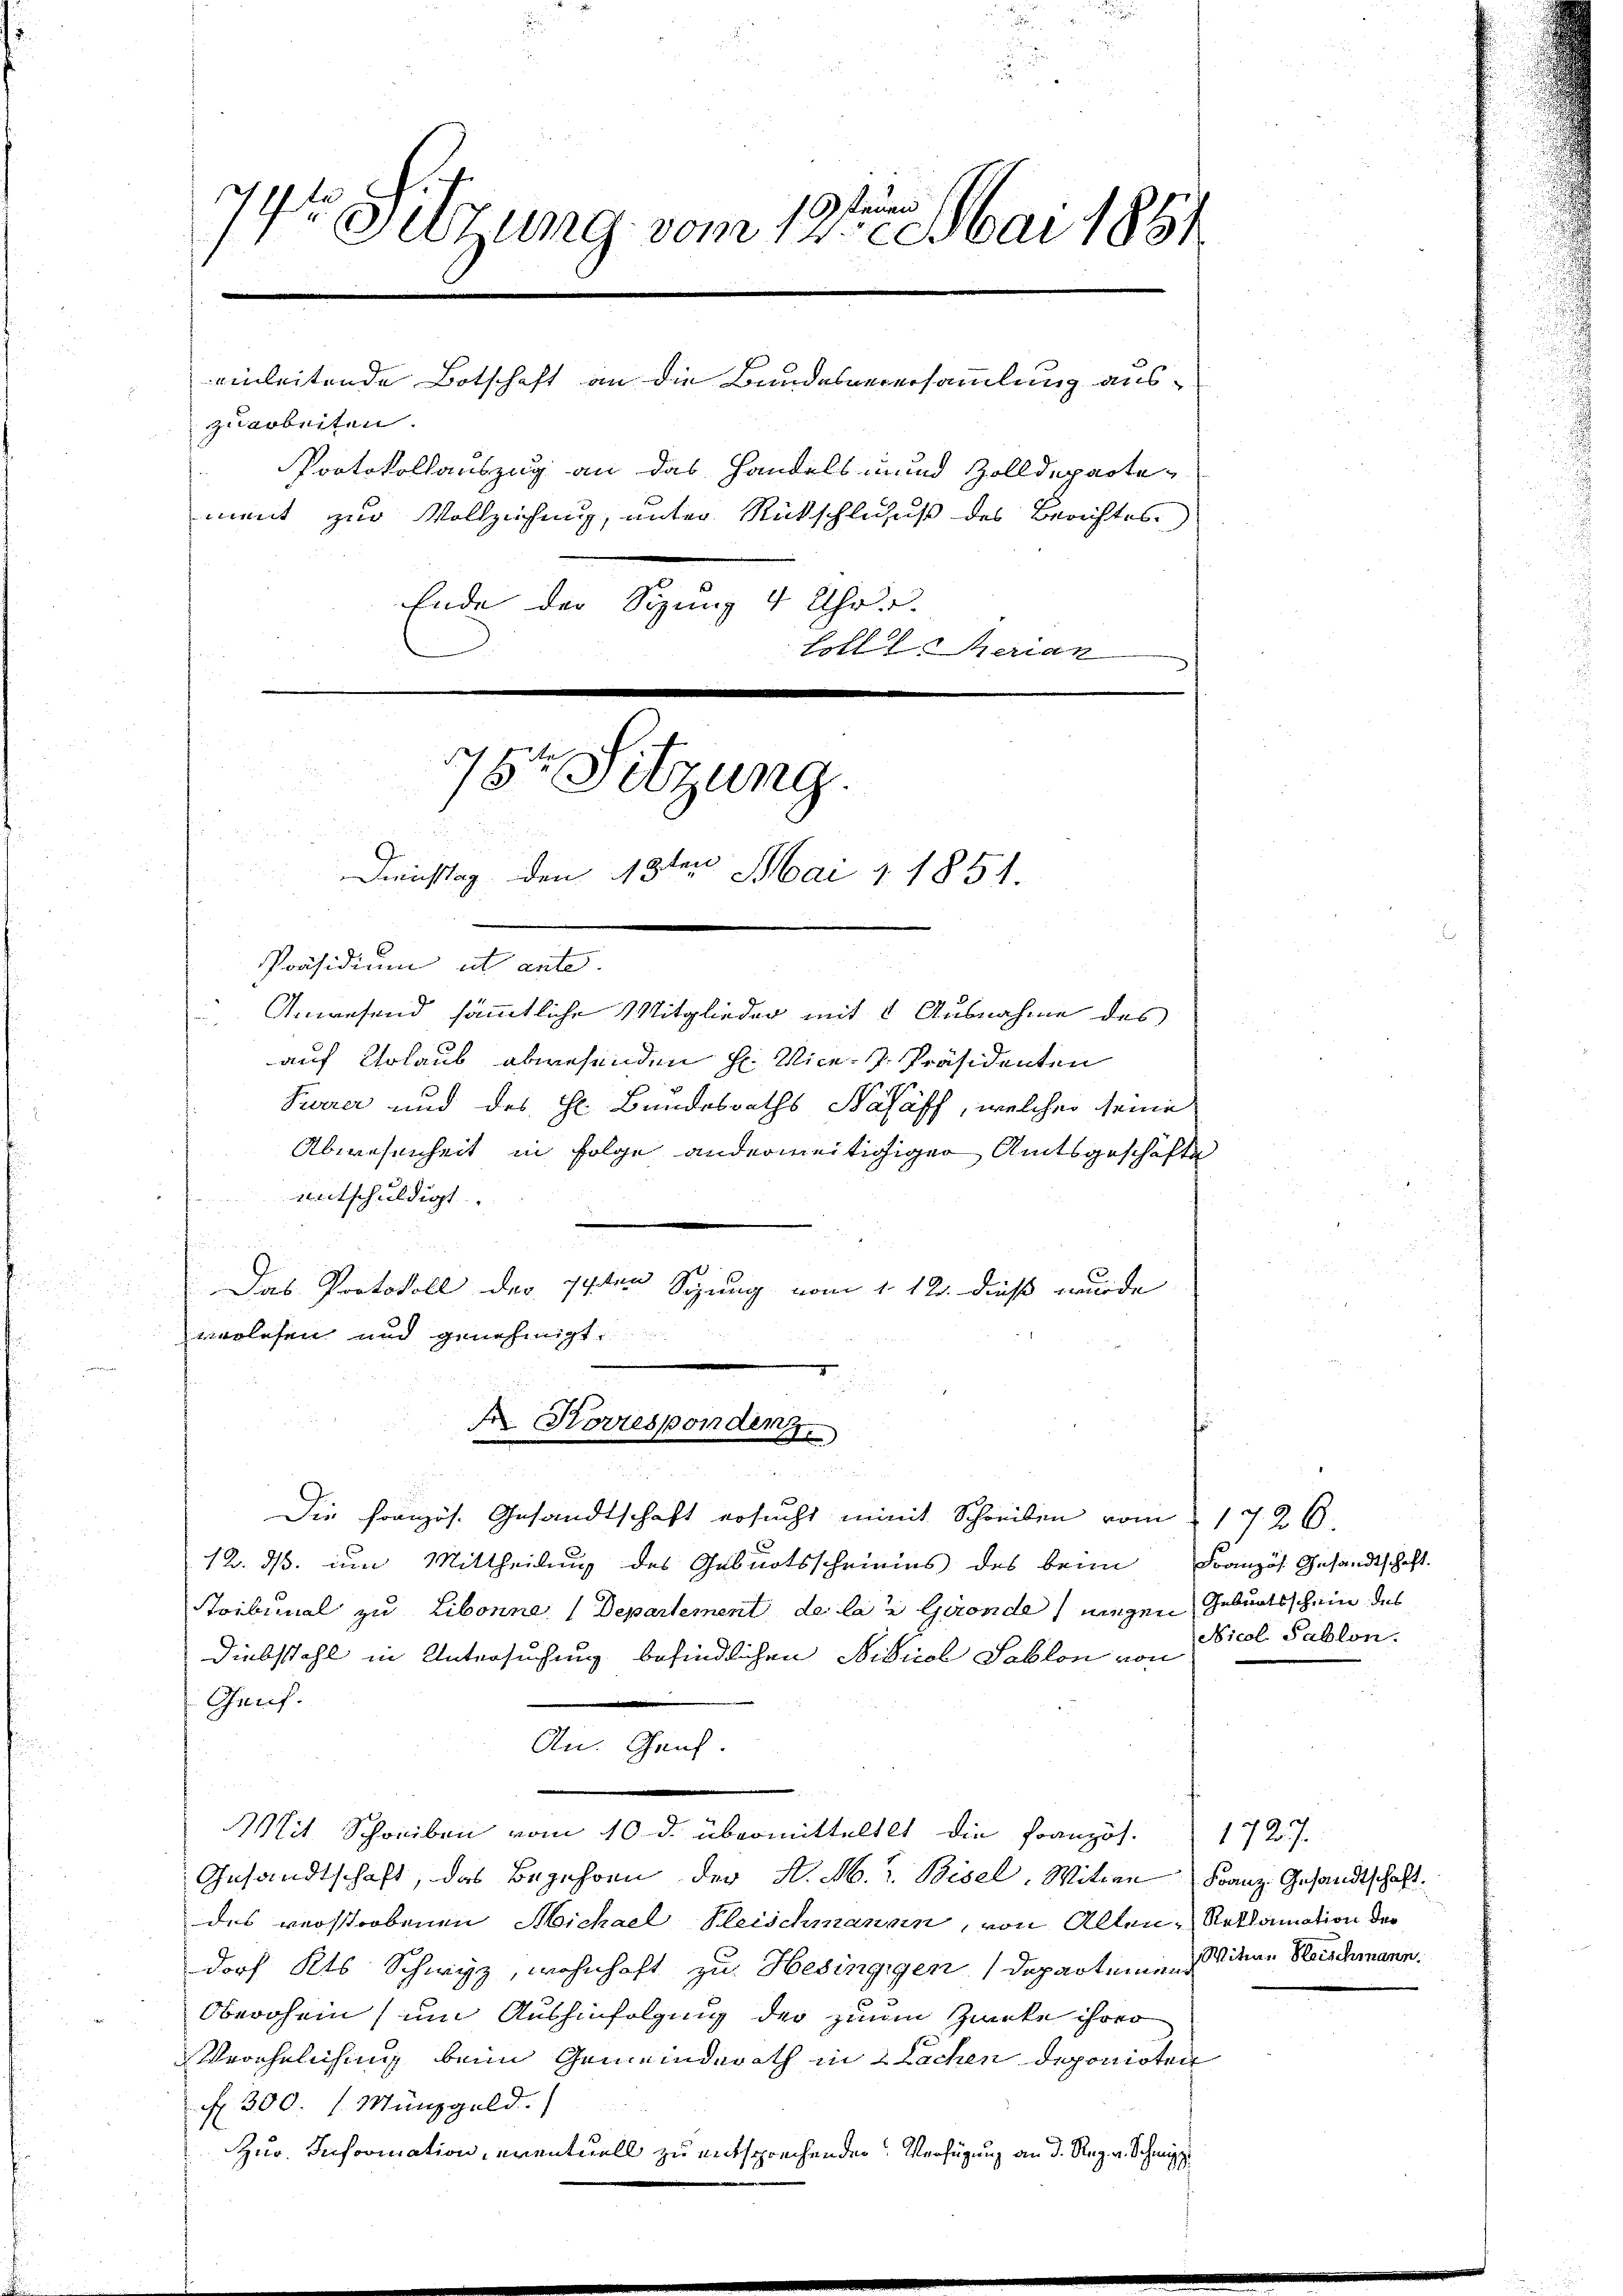
e
74te Sitzung vom 13. Mai 1881
Protokollauszug an das Handels und Zolldepartement zur Vollziehung, unter Rückschluss des Berichtes
Ende der Sizung 4 Uhr..
Elle Herian
.
1764 Sitzung.

Dienstag den 18ten Mai 1851.

zuarbeiten.

Präsidium ut ante.
Anwesend sämmtliche Mitglieder mit 8 Ausnahme des
auf Urlaub abwesenden H. Vice-Präsidenten
Feurer und des Hr. Bundesraths Salaff, welcher seine
Abwesenheit in Folge anderweitigiger Amtsgeschäfte
entschuldigt.
Das Protokoll des 14ten Spung vom 1. 12. dieß wurde
vorlesen und genehmigt.
12. ds. um Mittheilung des Geburtsscheinins des beim Französ. Gesandtschaft.
Soibunal zu Libonne (Departement de lau Gironde wegen Geburtsschein des
Diebstahl in Untersuchung befindlichen Nidical Sablon von
Gruf.
An Ges.
Mit Schreiben vom 10. d. übermitteltet die Französ. 172 f.
Gesandtschaft, das Begehren der H. M. v. Bisel, Witwe Franz Gesandtschaft
des verstrobenen Michael Fleischmann, von Alten, Reklamation der
dorf Kts. Schwyz, wohnhaft zu Hesingigen Departeinen Seitere Blauschmann.
Oberohen (um Aushinfolgung der zum Zucke ihrer
Verehelichung beim Gemeinderath in Sachen deponirten
f 300. 1. Münzgeld.
Zur. Information, eventuell zu entsprechenden Verfügung an d. Reg. Schmit

Korresponden
u
Die Französ. Gesandtschaft ersucht immit Schreiben vom 1726.

einleitende Botschaft an die Bundesverersammlung aus¬

Nicol Sablon.